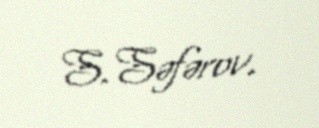
S.Səfərov.